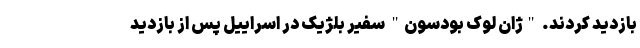
بازدید کردند. "ژان لوک بودسون" سفیر بلژیک در اسراییل پس از بازدید